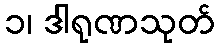
၁၊ ဒါရုဏသုတ်